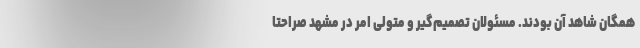
همگان شاهد آن بودند. مسئولان تصمیم‌گیر و متولی امر در مشهد صراحتا